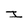
Character: I